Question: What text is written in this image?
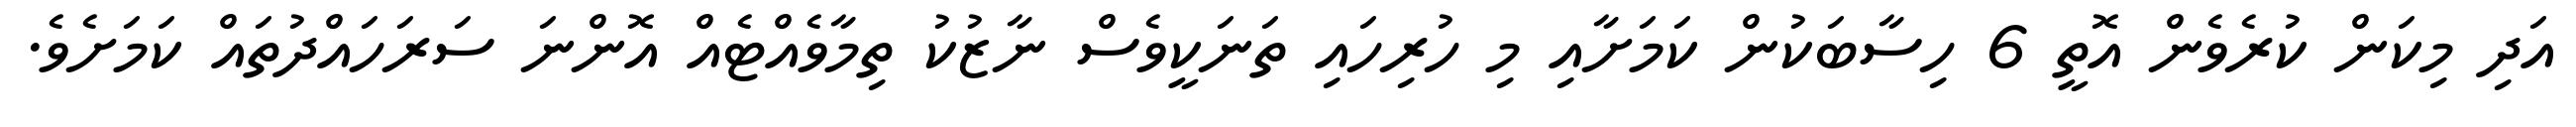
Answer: އަދި މިކަން ކުރެވެން އޮތީ 6 ހިސާބަކުން ކަމަށާއި މި ހުރިހައި ތަނަކީވެސް ނާޒުކު ތިމާވެއްޓެއް އޮންނަ ސަރަހައްދުތައް ކަމަށެވެ.